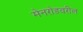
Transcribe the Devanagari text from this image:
मेनरोडवरील